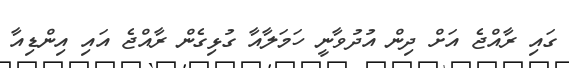
ގައި ރާއްޖެ އަށް ދިން އުދުވާނީ ހަމަލާއާ ގުޅިގެން ރާއްޖެ އައި އިންޑިއާ